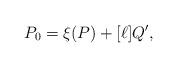
LaTeX: \begin{align*}P_0 = \xi(P) + [\ell] Q^\prime,\end{align*}